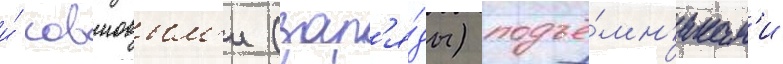
и́ ковшовым'и (зар'я́ды) подъё́мн'икам'и